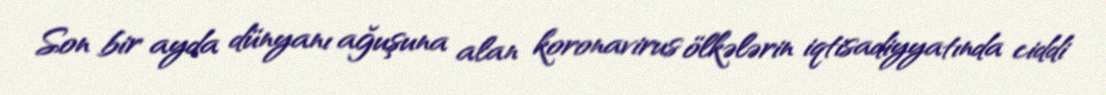
Son bir ayda dünyanı ağuşuna alan koronavirus ölkələrin iqtisadiyyatında ciddi